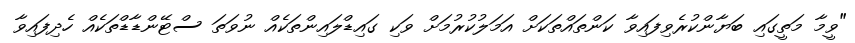
"ވީމާ މަތީގައި ބަޔާންކުރެވިފައިވާ ކަންތައްތަކަށް އަމަލުކުރުމަށް ވަކި ގައިޑްލައިންތަކެއް ނުވަތަ ސްޓޭންޑާޑްތަކެއް ހެދިފައިވާ